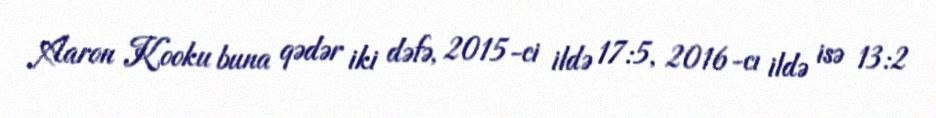
Aaron Kooku buna qədər iki dəfə, 2015-ci ildə 17:5, 2016-cı ildə isə 13:2